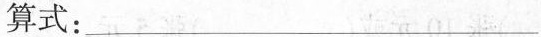
算式：___